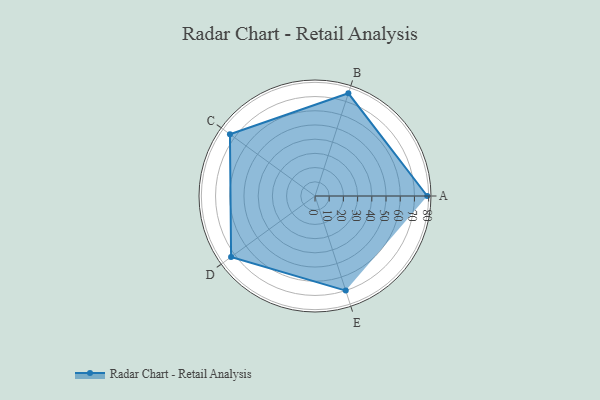
{"axis": {"x": "Skill", "y": "Score"}, "legend": ["Profile"], "data": [{"x": "A", "y": 79.0, "type": "Profile"}, {"x": "B", "y": 76.0, "type": "Profile"}, {"x": "C", "y": 74.0, "type": "Profile"}, {"x": "D", "y": 73.0, "type": "Profile"}, {"x": "E", "y": 70.0, "type": "Profile"}]}